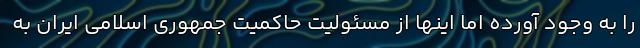
را به وجود آورده اما اینها از مسئولیت حاکمیت جمهوری اسلامی ایران به